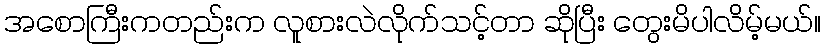
အစောကြီးကတည်းက လူစားလဲလိုက်သင့်တာ ဆိုပြီး တွေးမိပါလိမ့်မယ်။